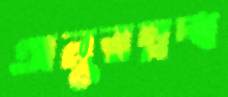
অনুরম্নদ্ধ